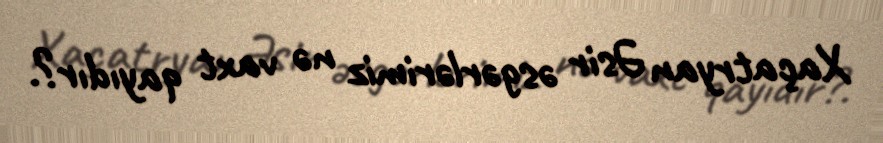
Xaçatryan Əsir əsgərlərimiz nə vaxt qayıdır?.